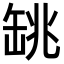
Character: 罀